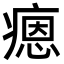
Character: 𤹕